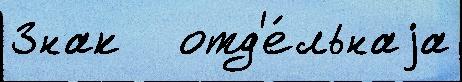
Знак   отд'е́льнаjа